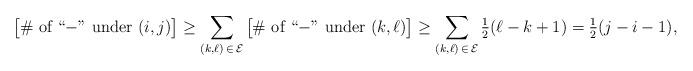
LaTeX: \begin{align*}\big[\#\textrm{ of ``$-$'' under }(i,j)\big] \ge \sum_{(k,\ell) \,\in\, \mathcal E} \big[\#{\textrm{ of ``$-$'' under }(k,\ell)}\big] \ge \sum_{(k,\ell)\, \in\, \mathcal E}\tfrac12(\ell-k+1) = \tfrac12(j-i-1),\end{align*}